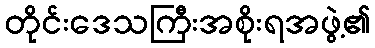
တိုင်းဒေသကြီးအစိုးရအဖွဲ့၏